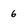
Character: 6